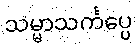
သမ္မာသင်္ကပ္ပေ